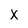
Character: X